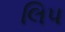
લિપ